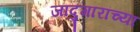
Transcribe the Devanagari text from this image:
जादुगारांच्या